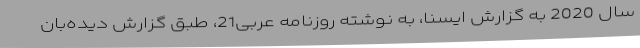
سال 2020 به گزارش ایسنا، به نوشته روزنامه عربی21، طبق گزارش دیده‌بان